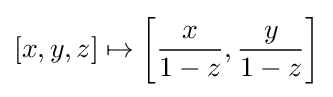
[x,y,z]\mapsto \left[{\frac {x}{1-z}},{\frac {y}{1-z}}\right]